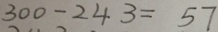
3 0 0 - 2 4 3 = 5 7